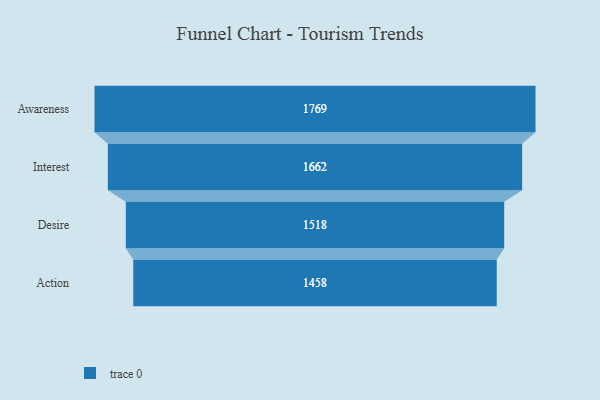
{"axis": {"x": "Stage", "y": "Value"}, "legend": [""], "data": [{"x": "Awareness", "y": 1769.0, "type": ""}, {"x": "Interest", "y": 1662.0, "type": ""}, {"x": "Desire", "y": 1518.0, "type": ""}, {"x": "Action", "y": 1458.0, "type": ""}]}